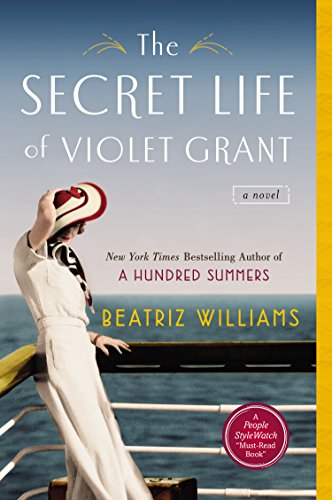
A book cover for The Secret Life of Violet Grant; Beatriz Williams; Romance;